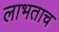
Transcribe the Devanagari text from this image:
लाभताच